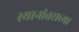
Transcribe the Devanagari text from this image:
स्थानांतराच्या